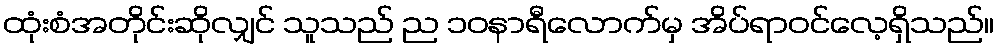
ထုံးစံအတိုင်းဆိုလျှင် သူသည် ည ၁၀နာရီလောက်မှ အိပ်ရာဝင်လေ့ရှိသည်။